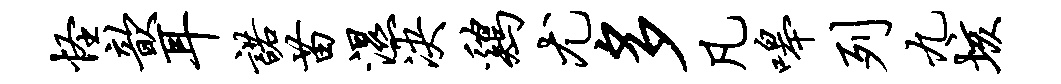
怪歆耳诺苗湿决鸡尤多凡嗥列九垓